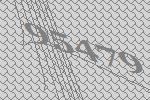
95479